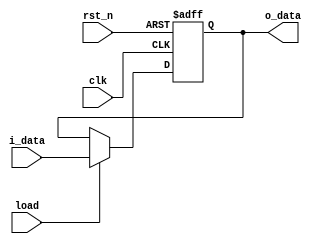
/*
 
 Module Name : gen_reg
 
 Functionality :
 Parameterized Register With load Signal
 
 */
module gen_reg #(parameter WIDTH = 64)

               (input   wire                    clk         ,
                input   wire                    rst_n       ,
                input   wire                    load        ,
                input   wire    [WIDTH-1:0]     i_data      ,
                output  reg     [WIDTH-1:0]     o_data      );
    
    always @(posedge clk or negedge rst_n) begin
        if (!rst_n)
            o_data <= 'd0;
        else if (load)
            o_data <= i_data;
    end
    
endmodule